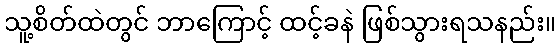
သူ့စိတ်ထဲတွင် ဘာကြောင့် ထင့်ခနဲ ဖြစ်သွားရသနည်း။